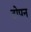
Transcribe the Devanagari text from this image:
टोपन